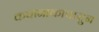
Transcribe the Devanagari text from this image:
कथानाकापासुन